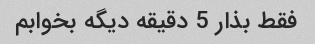
فقط بذار 5 دقیقه دیگه بخوابم